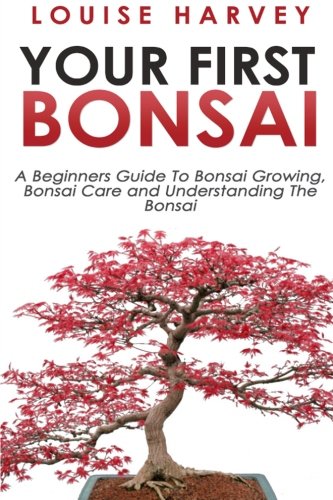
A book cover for Your First Bonsai: A Beginners Guide To Bonsai Growing, Bonsai Care and Understanding The Bonsai; Louise Harvey; Crafts, Hobbies & Home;